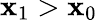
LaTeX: \mathbf{x}_{1}>\mathbf{x}_{0}